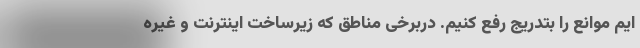
ایم موانع را بتدریج رفع کنیم. دربرخی مناطق که زیرساخت اینترنت و غیره